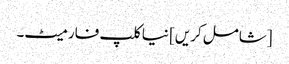
[شامل کریں] نیا کلپ فارمیٹ۔